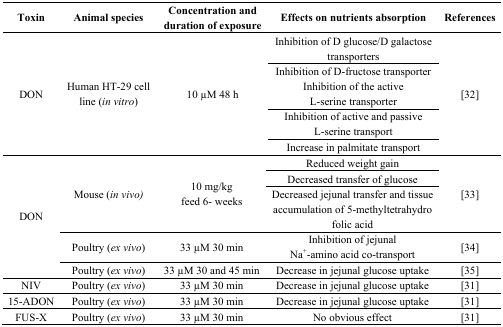
<table><thead><tr><td><b>Toxin</b></td><td><b>Animal species</b></td><td><b>Concentration and duration of exposure</b></td><td><b>Effects on nutrients absorption</b></td><td><b>References</b></td></tr></thead><tbody><tr><td rowspan="4">DON</td><td rowspan="4">Human HT-29 cell line (<i>in vitro</i>)</td><td rowspan="4">10 μM 48 h</td><td>Inhibition of D glucose/D galactose transporters</td><td rowspan="4">[32]</td></tr><tr><td>Inhibition of D-fructose transporterInhibition of the active L-serine transporter</td></tr><tr><td>Inhibition of active and passive L-serine transport</td></tr><tr><td>Increase in palmitate transport</td></tr><tr><td rowspan="5">DON</td><td rowspan="3">Mouse (<i>in vivo</i>)</td><td rowspan="3">10 mg/kg feed 6- weeks</td><td>Reduced weight gain</td><td rowspan="3">[33]</td></tr><tr><td>Decreased transfer of glucose</td></tr><tr><td>Decreased jejunal transfer and tissue accumulation of 5-methyltetrahydro folic acid</td></tr><tr><td>Poultry (<i>ex vivo</i>)</td><td>33 μM 30 min</td><td>Inhibition of jejunal Na<sup>+</sup>-amino acid co-transport</td><td>[34]</td></tr><tr><td>Poultry (<i>ex vivo</i>)</td><td>33 μM 30 and 45 min</td><td>Decrease in jejunal glucose uptake</td><td>[35]</td></tr><tr><td>NIV</td><td>Poultry (<i>ex vivo</i>)</td><td>33 μM 30 min</td><td>Decrease in jejunal glucose uptake</td><td>[31]</td></tr><tr><td>15-ADON</td><td>Poultry (<i>ex vivo</i>)</td><td>33 μM 30 min</td><td>Decrease in jejunal glucose uptake</td><td>[31]</td></tr><tr><td>FUS-X</td><td>Poultry (<i>ex vivo</i>)</td><td>33 μM 30 min</td><td>No obvious effect</td><td>[31]</td></tr></tbody></table>